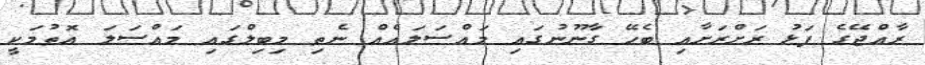
ރާއްޖޭގެ ފަޅު ރަށްރަށާއި ބެހޭ ގާނޫނުގައި މައްސަލައެއް ނެތި މިބިލްގައި މައްސަލަ އޮތުމަކީ